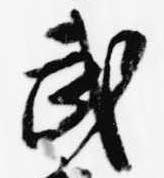
武